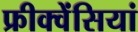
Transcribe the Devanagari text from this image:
फ्रीक्वेंसियां